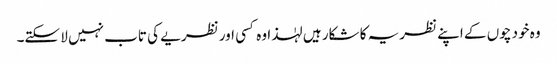
وہ خود چوں کے اپنے نظریہ کا شکار ہیں لہٰذا وہ کسی اور نظریے کی تاب نہیں لا سکتے۔